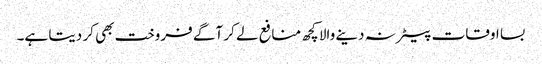
بسا اوقات بیعانہ دینے والا کچھ منافع لے کر آگے فروخت بھی کر دیتا ہے۔